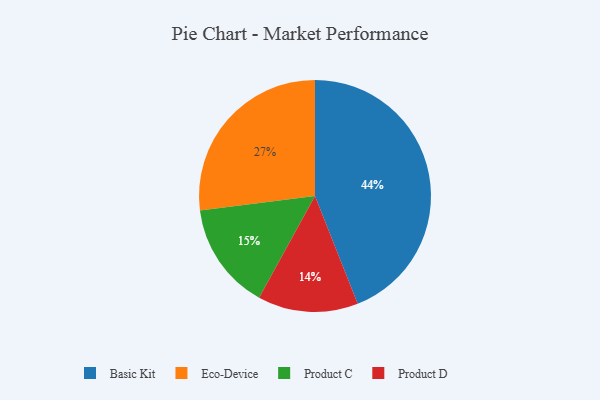
{"axis": {"x": "Category", "y": "Percentage"}, "legend": ["Basic Kit", "Eco-Device", "Product C", "Product D"], "data": [{"x": "Eco-Device", "y": 27, "type": "Eco-Device"}, {"x": "Product D", "y": 14, "type": "Product D"}, {"x": "Product C", "y": 15, "type": "Product C"}, {"x": "Basic Kit", "y": 44, "type": "Basic Kit"}]}